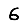
Digit: 6